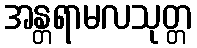
အန္တရာမလသုတ္တ